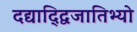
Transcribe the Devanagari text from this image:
दद्याद्द्विजातिभ्यो